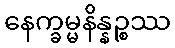
နေက္ခမ္မနိန္နဉ္စဿ